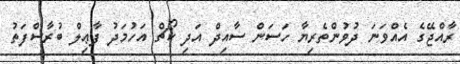
ރާއްޖޭގެ އެއްވަނަ ދުވުންތެރިޔާ ހަސަން ސާއިދް އަދި ކޯޗް އަހުމަދު ފާޢިލް ބުރާސްފަތު